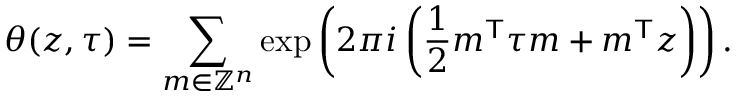
\theta ( z , \tau ) = \sum _ { m \in \mathbb { Z } ^ { n } } \exp \left( 2 \pi i \left( { \frac { 1 } { 2 } } m ^ { \mathsf { T } } \tau m + m ^ { \mathsf { T } } z \right) \right) .